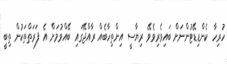
ހުރިހާ ކެންޑިޑޭޓުންނަށް ބައިވެރިވެވޭ ރިޔާސީ އިންތިހާބެއް ރާއްޖޭގައި ބޭއްވުމަށް އެ ފަރަތްތަކުން ތިބީ